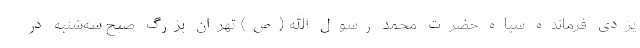
یزدی فرمانده سپاه حضرت محمد رسول الله (ص) تهران بزرگ صبح سه‌شنبه در